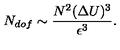
N _ { d o f } \sim \frac { N ^ { 2 } ( \Delta U ) ^ { 3 } } { \epsilon ^ { 3 } } .